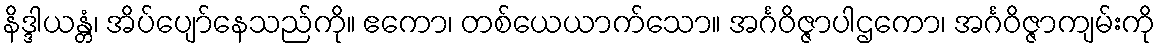
နိဒ္ဒါယန္တံ၊ အိပ်ပျော်နေသည်ကို။ ဧကော၊ တစ်ယေယာက်သော။ အင်္ဂဝိဇ္ဇာပါဌကော၊ အင်္ဂဝိဇ္ဇာကျမ်းကို